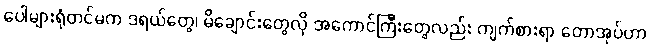
ပေါများရုံတင်မက ဒရယ်တွေ၊ မိချောင်းတွေလို အကောင်ကြီးတွေလည်း ကျက်စားရာ တောအုပ်ဟာ